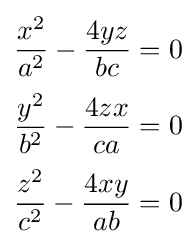
{\begin{aligned}{\frac {x^{2}}{a^{2}}}-{\frac {4yz}{bc}}&=0\\[2pt]{\frac {y^{2}}{b^{2}}}-{\frac {4zx}{ca}}&=0\\[2pt]{\frac {z^{2}}{c^{2}}}-{\frac {4xy}{ab}}&=0\end{aligned}}